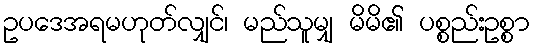
ဥပဒေအရမဟုတ်လျှင်၊ မည်သူမျှ မိမိ၏ ပစ္စည်းဥစ္စာ